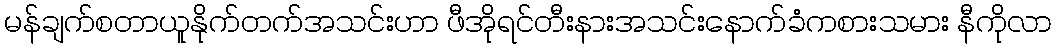
မန်ချက်စတာယူနိုက်တက်အသင်းဟာ ဖီအိုရင်တီးနားအသင်းနောက်ခံကစားသမား နီကိုလာ